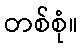
တစ်စုံ။